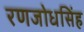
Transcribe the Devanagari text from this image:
रणजोधसिंह